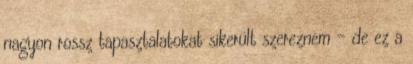
nagyon rossz tapasztalatokat sikerült szereznem – de ez a